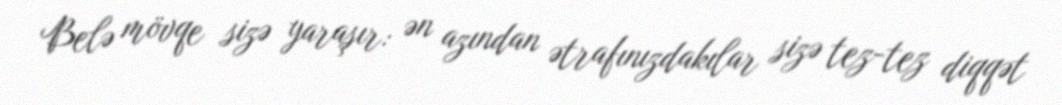
Belə mövqe sizə yaraşır: ən azından ətrafınızdakılar sizə tez-tez diqqət